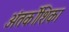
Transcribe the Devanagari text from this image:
अंतर्कोशिका